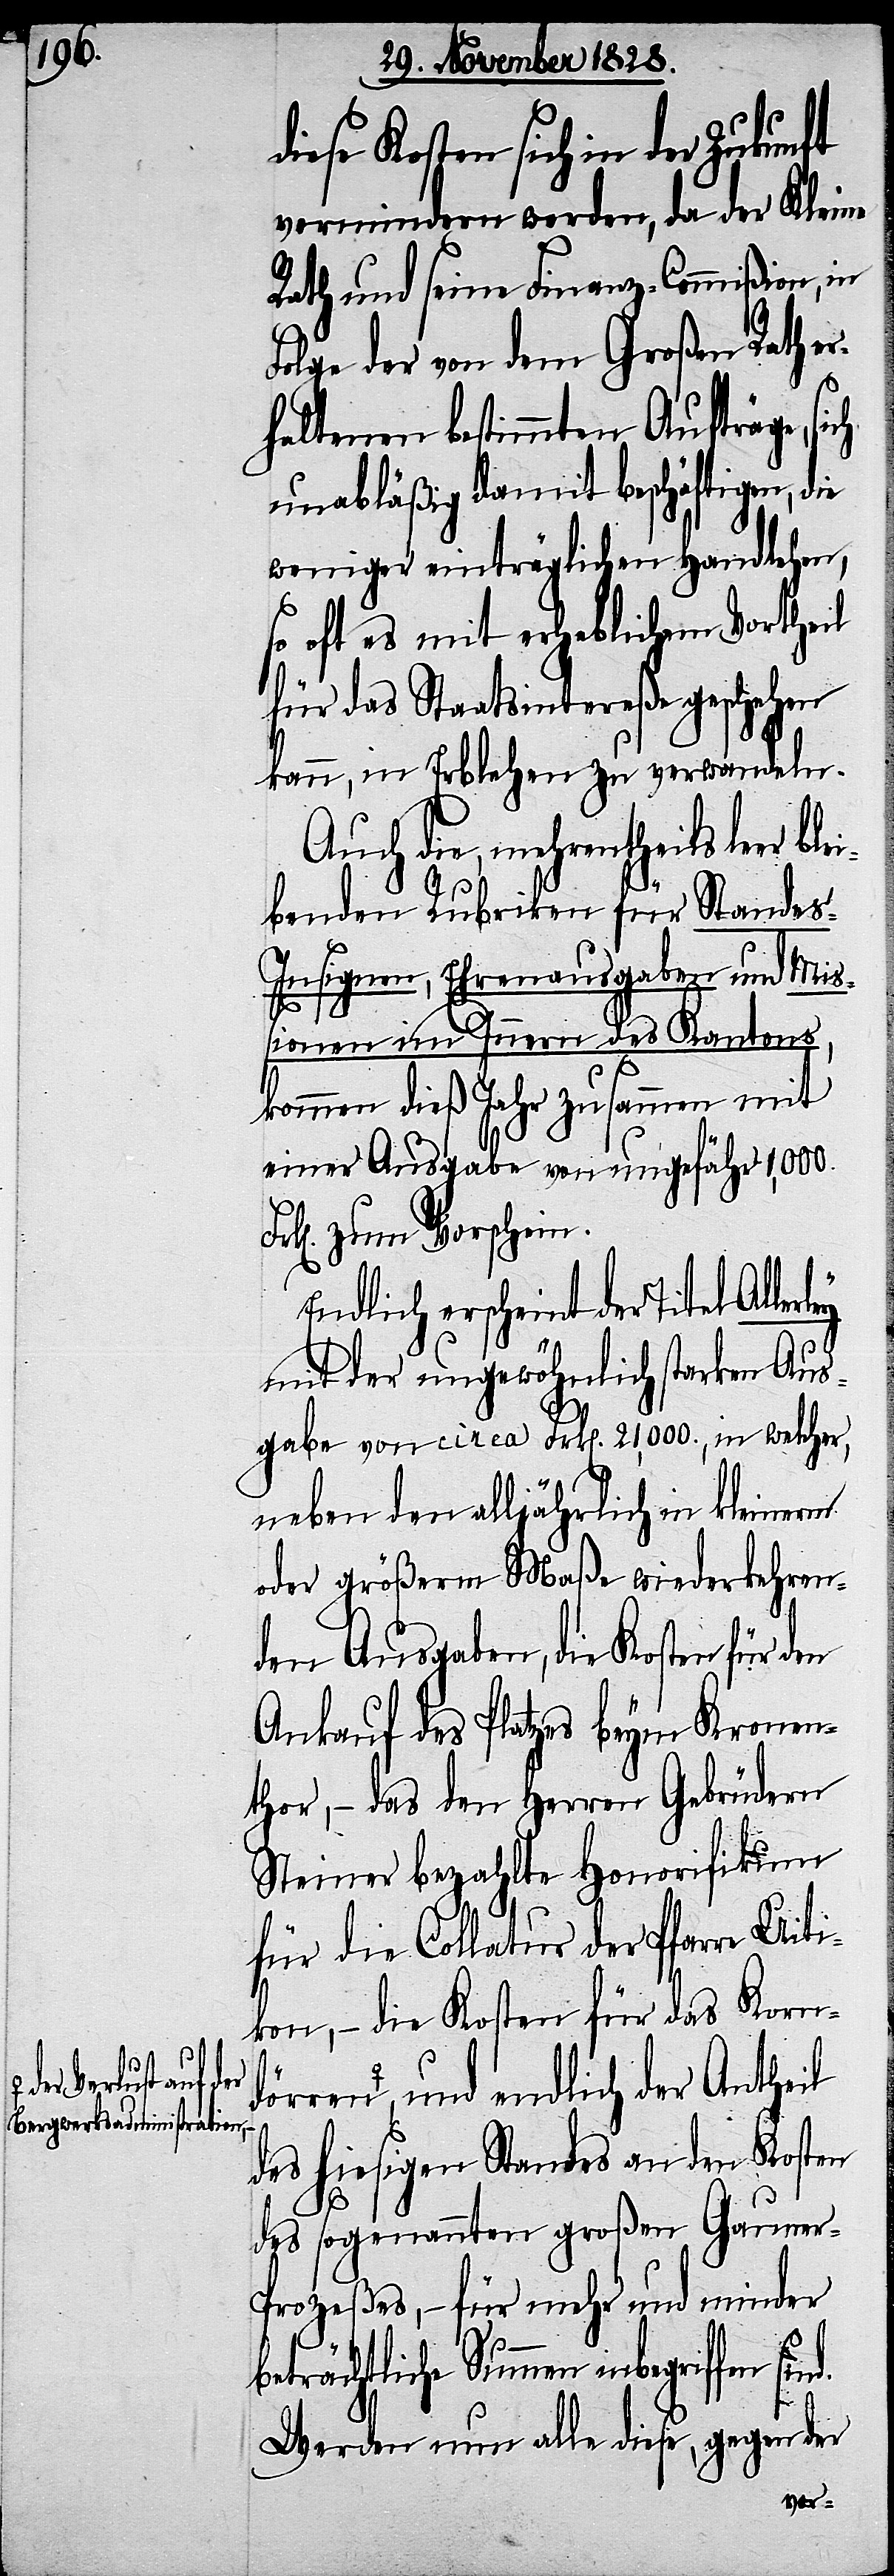
Verlust auf der
Bergwerksadministration,

diese Kosten sich in der Zukunft
vermindern werden, da der Kleine
Rath und seine Finanz-Commißion, in
Folge der von dem Großen Rath e¬
r¬
haltenen bestimmten Aufträge, sich
unabläßig damit beschäftigen, die
weniger einträglichen Handlehen,
oft es mit erheblichem Vortheil
für das Staatsintereße geschehen
kann, in Erblehen zu verwandeln.
Auch die, mehrentheils leer
benden Rubriken für Stande¬
s-Insignen, Ehrenausgaben und Mi¬
so
ßionen im Innern des Kantons,
kommen dieß Jahr zusammen mit
einer Ausgabe von ungefähr 1,000.
zum Vorschein.
Endlich erscheint der Titel
mit der ungewöhnlich starken Aus¬
gabe von circa Frk[en]. 21,000., in welcher,
neben den alljährlich in kleinerm
oder größerm Maße wiederkehren¬
den Ausgaben, die Kosten für den
Ankauf des Platzes beym Kronen¬
thor, – das den Herren Gebrüdern
Steiner bezahlte Honorifikum
für die Collatur der Pfarre Uiti¬
kon, – die Kosten für das Korn¬
–-a und endlich der Antheil
des hiesigen Standes an den Kosten
des sogenannten großen Gauner-P¬
rozeßes, –für mehr und minder
beträchtliche Summen inbegriffen
Werden nun alle diese, gegen der
blei¬